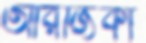
আরজিকা